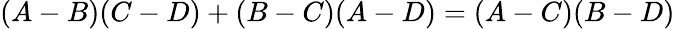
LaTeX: (A-B)(C-D)+(B-C)(A-D)=(A-C)(B-D)